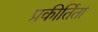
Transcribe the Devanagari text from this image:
प्रकीर्तिता